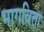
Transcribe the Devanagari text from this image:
भागविता